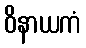
ဝိနာယကံ